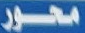
محور